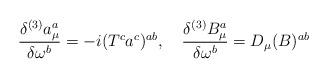
LaTeX: \begin{align*}\frac{\delta^{(3)} a_{\mu}^a}{\delta \omega^b} =-i (T^c a^c)^{ab}, \quad\frac{\delta^{(3)} B_{\mu}^a}{\delta \omega^b} =D_{\mu} (B)^{ab}\end{align*}